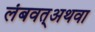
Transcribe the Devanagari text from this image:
लंबवत्अथवा